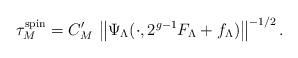
LaTeX: \begin{align*}\tau_{M}^{\rm spin}=C'_{M}\,\left\|\Psi_{\Lambda}(\cdot,2^{g-1}F_{\Lambda}+f_{\Lambda})\right\|^{-1/2}.\end{align*}